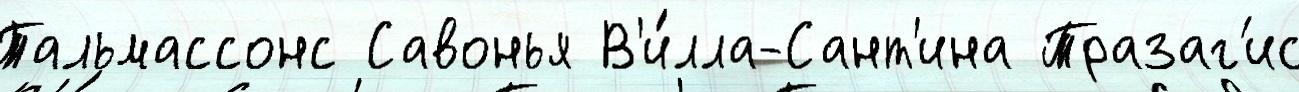
Тальмассонс Савонья В'и́лла-Сант'ина Тразаг'ис